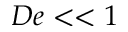
D e < < 1